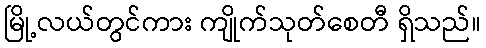
မြို့လယ်တွင်ကား ကျိုက်သုတ်စေတီ ရှိသည်။